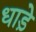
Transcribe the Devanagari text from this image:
धाड़े